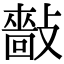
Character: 𢿿